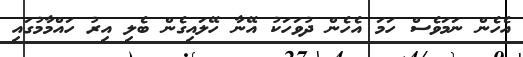
އެހެން ނަމަވެސް ހަމަ އެހެން ދުވަހަކު އޭނާ ހޭލައިގެން ބެލި އިރު ހައްމާމުގައި